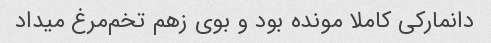
دانمارکی کاملا مونده بود و بوی زهم تخم‌مرغ میداد